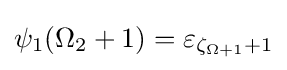
\psi _{1}(\Omega _{2}+1)=\varepsilon _{\zeta _{\Omega +1}+1}